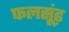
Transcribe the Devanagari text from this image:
फलसूंढ़